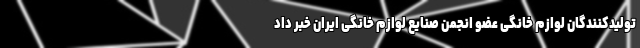
تولیدکنندگان لوازم خانگی عضو انجمن صنایع لوازم خانگی ایران خبر داد